Scottish Leaving Certificate Examination, 1954
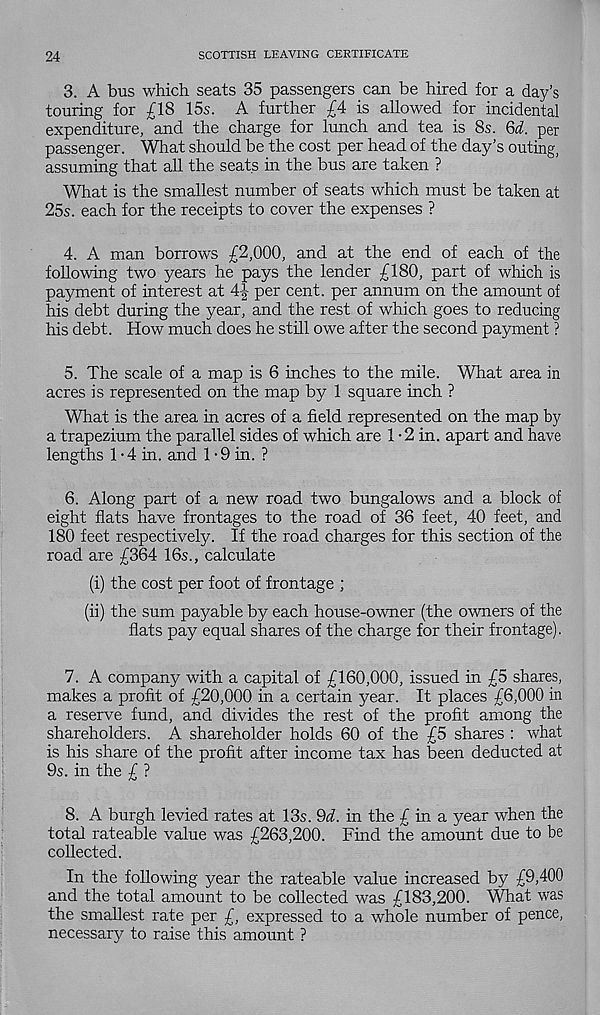
24
SCOTTISH LEAVING CERTIFICATE
3. A bus which seats 35 passengers can be hired for a day’s
touring for £18 15s. A further £4 is allowed for incidental
expenditure, and the charge for lunch and tea is 8s. Qd. per
passenger. What should be the cost per head of the day’s outing,
assuming that all the seats in the bus are taken ?
What is the smallest number of seats which must be taken at
25s. each for the receipts to cover the expenses ?
4. A man borrows £2,000, and at the end of each of the
following two years he pays the lender £180, part of which is
payment of interest at 4| per cent, per annum on the amount of
his debt during the year, and the rest of which goes to reducing
his debt. How much does he still owe after the second payment ?
5. The scale of a map is 6 inches to the mile. What area in
acres is represented on the map by 1 square inch ?
What is the area in acres of a field represented on the map by
a trapezium the parallel sides of which are 1 - 2 in. apart and have
lengths 1 • 4 in. and 1 ■ 9 in. ?
6. Along part of a new road two bungalows and a block of
eight flats have frontages to the road of 36 feet, 40 feet, and
180 feet respectively. If the road charges for this section of the
road are £364 16s., calculate
(i) the cost per foot of frontage ;
(ii) the sum payable by each house-owner (the owners of the
flats pay equal shares of the charge for their frontage).
7. A company with a capital of £160,000, issued in £5 shares,
makes a profit of £20,000 in a certain year. It places £6,000 in
a reserve fund, and divides the rest of the profit among the
shareholders. A shareholder holds 60 of the £5 shares : what
is his share of the profit after income tax has been deducted at
9s. in the £ ?
8. A burgh levied rates at 13s. 9d. in the £ in a year when the
total rateable value was £263,200. Find the amount due to he
collected.
In the following year the rateable value increased by £9,400
and the total amount to be collected was £183,200. What was
the smallest rate per £, expressed to a whole number of pence,
necessary to raise this amount ?